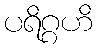
ပရိဂ္ဂဟိ